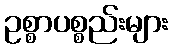
ဥစ္စာပစ္စည်းများ